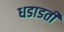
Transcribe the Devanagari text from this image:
धडाडती